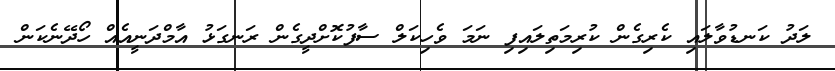
ލަދު ކަނޑުވާލައި ކެރިގެން ކުރިމަތިލައިފި ނަމަ ވެހިކަލް ސާފުކޮށްދީގެން ރަނގަޅު އާމްދަނީއެއް ހޯދޭނެކަން